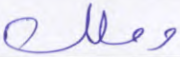
وملك